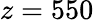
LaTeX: z=550